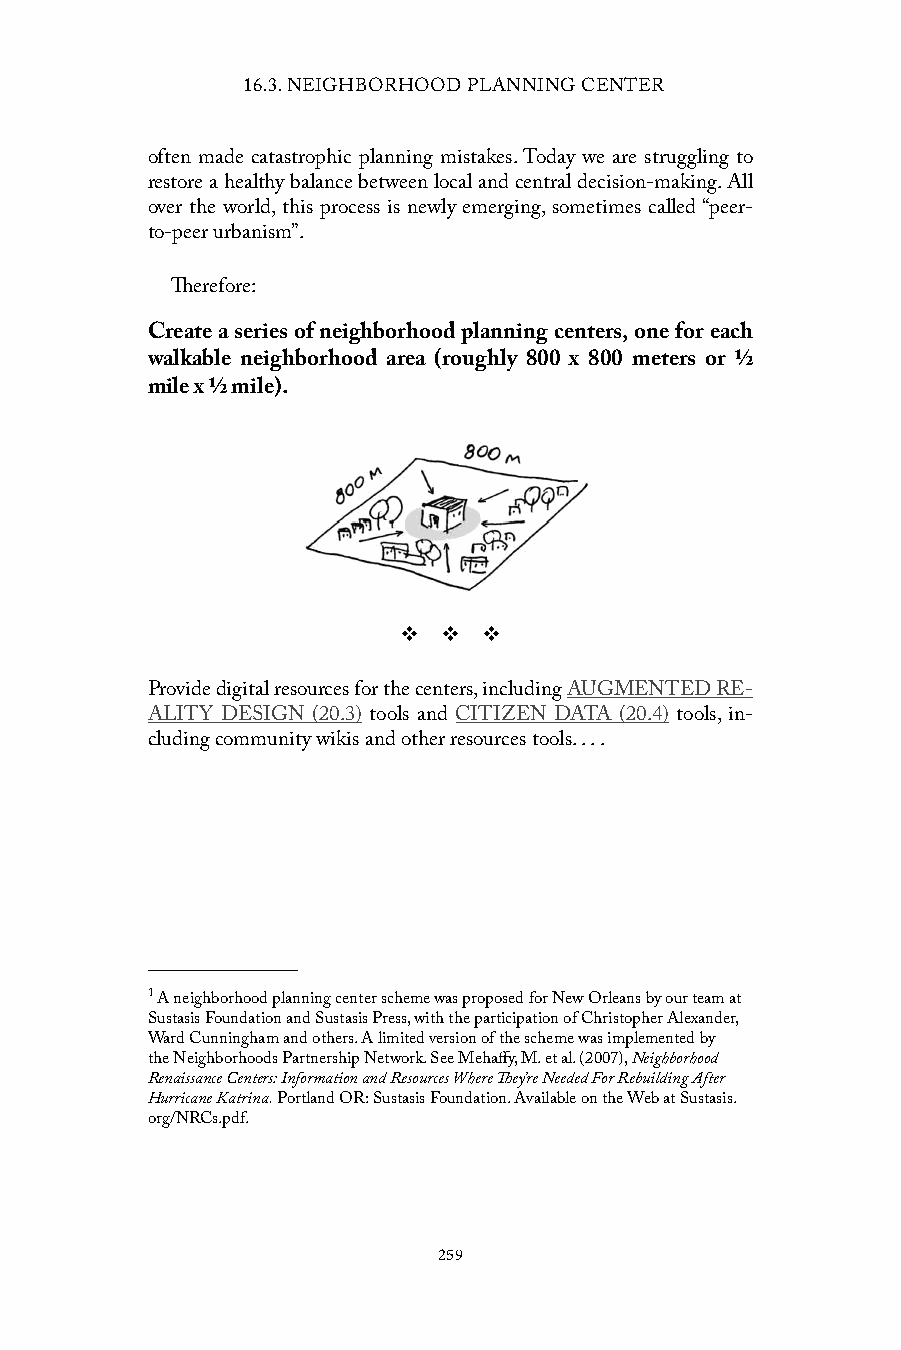
16.3. NEIGHBORHOOD PLANNING CENTER
 often made catastrophic planning mistakes. Today we are struggling to
 restore a healthy balance between local and central decision-making. All
 over the world, this process is newly emerging, sometimes called “peer-
 to-peer urbanism”.
 Therefore:
 Create a series of neighborhood planning centers, one for each
 walkable neighborhood area (roughly 800 x 800 meters or ½
 mile x ½ mile).
 v  v  v
 Provide digital resources for the centers, including AUGMENTED RE-
 ALITY DESIGN (20.3) tools and CITIZEN DATA (20.4) tools, in-
 cluding community wikis and other resources tools. . . .
 1 A neighborhood planning center scheme was proposed for New Orleans by our team at
 Sustasis Foundation and Sustasis Press, with the participation of Christopher Alexander,
 Ward Cunningham and others. A limited version of the scheme was implemented by
 the Neighborhoods Partnership Network. See Mehaffy, M. et al. (2007), Neighborhood
 Renaissance Centers: Information and Resources Where They’re Needed For Rebuilding After
 Hurricane Katrina. Portland OR: Sustasis Foundation. Available on the Web at Sustasis.
 org/NRCs.pdf.
 259